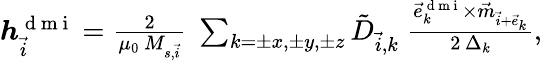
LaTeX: \begin{array}{r}{\boldsymbol{h}_{\vec{i}}^{\mathrm{~d~m~i~}}=\frac{2}{\mu_{0}\, M_{s,\vec{i}}}\; \sum_{k=\pm x,\pm y,\pm z}\tilde{D}_{\vec{i},k}\; \frac{\vec{e}_{k}^{\mathrm{~d~m~i~}}\times\vec{m}_{\vec{i}+\vec{e}_{k}}}{2\, \Delta_{k}},}\end{array}